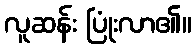
လူဆန်း ပြုံးလာ၏။